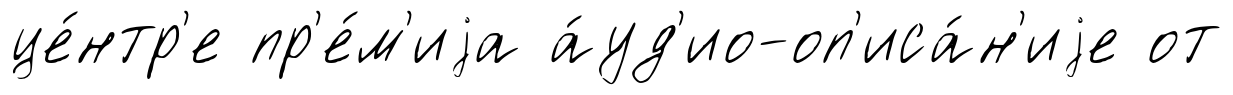
це́нтр'е пр'е́м'иjа а́уд'ио-оп'иса́н'иjе от